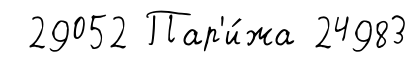
29052 Пар'и́жа 24983